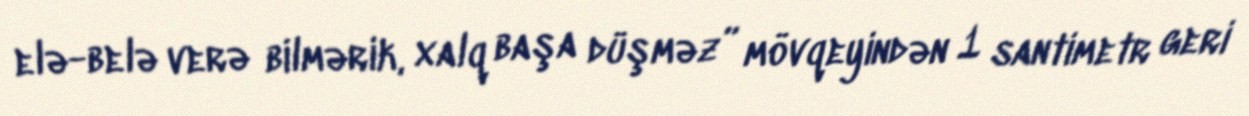
elə-belə verə bilmərik, xalq başa düşməz” mövqeyindən 1 santimetr geri